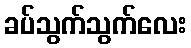
ခပ်သွက်သွက်လေး